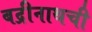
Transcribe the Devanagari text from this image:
बद्रीनाथची